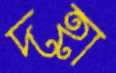
দহা